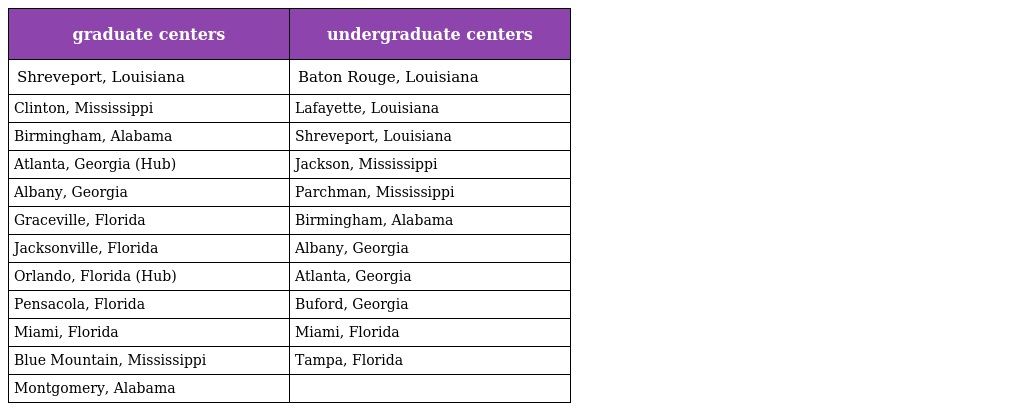
| graduate centers | undergraduate centers |
 | --- | --- |
 | Shreveport, Louisiana | Baton Rouge, Louisiana |
 | Clinton, Mississippi | Lafayette, Louisiana |
 | Birmingham, Alabama | Shreveport, Louisiana |
 | Atlanta, Georgia (Hub) | Jackson, Mississippi |
 | Albany, Georgia | Parchman, Mississippi |
 | Graceville, Florida | Birmingham, Alabama |
 | Jacksonville, Florida | Albany, Georgia |
 | Orlando, Florida (Hub) | Atlanta, Georgia |
 | Pensacola, Florida | Buford, Georgia |
 | Miami, Florida | Miami, Florida |
 | Blue Mountain, Mississippi | Tampa, Florida |
 | Montgomery, Alabama |  |